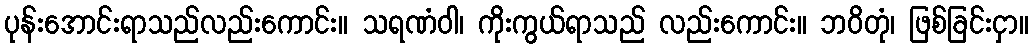
ပုန်းအောင်းရာသည်လည်းကောင်း။ သရဏံဝါ၊ ကိုးကွယ်ရာသည် လည်းကောင်း။ ဘဝိတုံ၊ ဖြစ်ခြင်းငှာ။